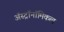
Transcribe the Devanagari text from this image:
अॅस्ट्रॉनॉमिकल